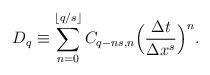
LaTeX: \begin{align*} D_{q} &\equiv \sum_{n=0}^{\lfloor q/s \rfloor} C_{q-ns,n} \Big( \frac{\Delta t}{\Delta x^s} \Big)^{n}.\end{align*}